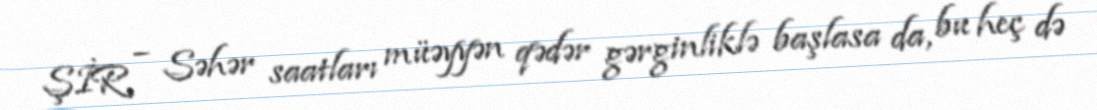
ŞİR – Səhər saatları müəyyən qədər gərginliklə başlasa da, bu heç də